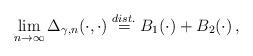
LaTeX: \begin{align*}\lim_{n\to\infty}\Delta_{\gamma,n}(\cdot,\cdot)\stackrel{dist.}{=} B_1(\cdot)+B_2(\cdot)\,,\end{align*}